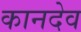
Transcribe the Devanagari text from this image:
कानदेव